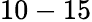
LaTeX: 10-15